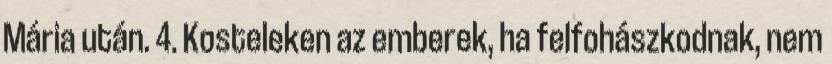
Mária után. 4. Kosteleken az emberek, ha felfohászkodnak, nem